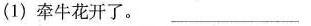
(1)牵牛花开了。\underline